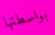
بواسطتها